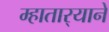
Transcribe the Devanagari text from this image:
म्हातार्‍याने